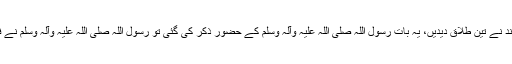
خاوند نے اسے اللہ کا واسطہ دیا، مگر وہ نہ مانی، خاوند نے تین طلاق دیدیں، یہ بات رسول اللہ صلی اللہ علیہ وآلہ وسلم کے حضور ذکر کی گئی تو رسول اللہ صلی اللہ علیہ وآلہ وسلم نے فرمایا :طلاق میں قیلولہ (بات کو منسوخ کرنا) نہیں ہے۔